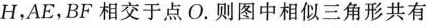
H，AE，BF相交于点O。则图中相似三角形共有